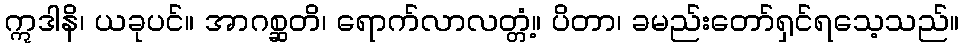
ဣဒါနိ၊ ယခုပင်။ အာဂစ္ဆတိ၊ ရောက်လာလတ္တံ့။ ပိတာ၊ ခမည်းတော်ရှင်ရသေ့သည်။